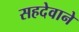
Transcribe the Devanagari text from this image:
सहदेवाने